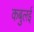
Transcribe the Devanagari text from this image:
कबुलई